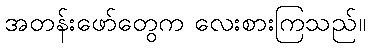
အတန်းဖော်တွေက လေးစားကြသည်။